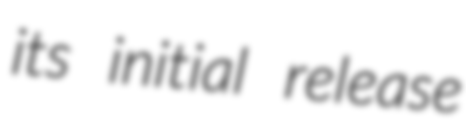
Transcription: its initial release